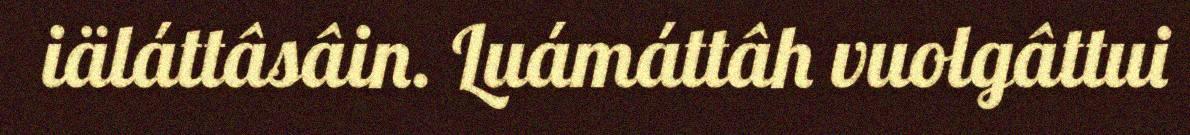
iäláttâsâin. Luámáttâh vuolgâttui